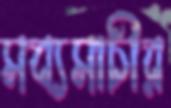
সব্যসাচীর